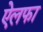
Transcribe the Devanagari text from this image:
ऐलफा